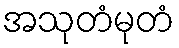
အသုတံမုတံ